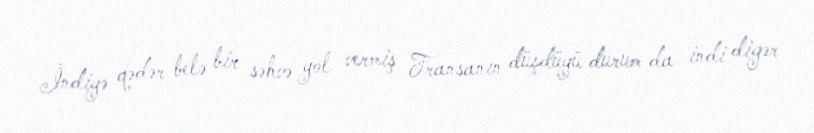
İndiyə qədər belə bir səhvə yol vermiş Fransanın düşdüyü durum da indi digər